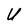
Character: U